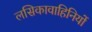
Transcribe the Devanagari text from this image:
लसिकावाहिनियों